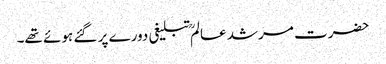
حضرت مرشد عالمؒ تبلیغی دورے پر گئے ہوئے تھے۔